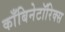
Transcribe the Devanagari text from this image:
काँबिनेटॉरिक्स